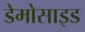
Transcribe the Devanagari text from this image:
डेमोसाइड